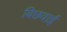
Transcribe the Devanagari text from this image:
बिछवाई